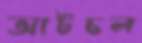
আটচল